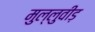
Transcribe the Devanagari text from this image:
मुल्लुवीड़